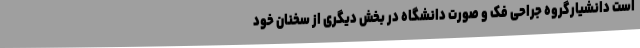
است دانشیارگروه جراحی فک و صورت دانشگاه در بخش دیگری از سخنان خود